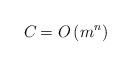
LaTeX: \begin{align*}C_{} = O\left( m^n \right)\end{align*}